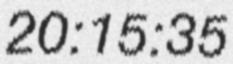
20:15:35